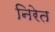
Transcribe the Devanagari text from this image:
निरेत